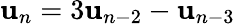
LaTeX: \mathbf{u}_{n}=3\mathbf{u}_{n-2}-\mathbf{u}_{n-3}